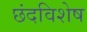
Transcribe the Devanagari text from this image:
छंदविशेष